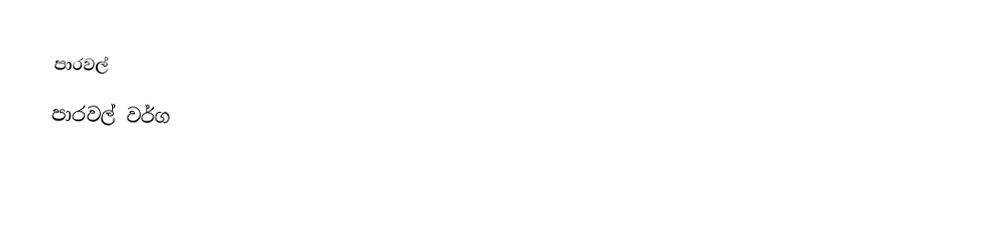
පාරවල්
පාරවල් වර්ග